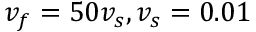
v _ { f } = 5 0 v _ { s } , v _ { s } = 0 . 0 1